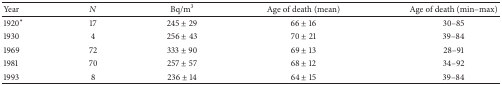
<table><thead><tr><td><b>Year</b></td><td><b><i>N</i></b></td><td><b>Bq/m<sup>3</sup></b></td><td><b>Age of death (mean)</b></td><td><b>Age of death (min–max)</b></td></tr></thead><tbody><tr><td>1920*</td><td>17</td><td>245 ± 29</td><td>66 ± 16</td><td>30–85</td></tr><tr><td>1930</td><td>4</td><td>256 ± 43</td><td>70 ± 21</td><td>39–84</td></tr><tr><td>1969</td><td>72</td><td>333 ± 90</td><td>69 ± 13</td><td>28–91</td></tr><tr><td>1981</td><td>70</td><td>257 ± 57</td><td>68 ± 12</td><td>34–92</td></tr><tr><td>1993</td><td>8</td><td>236 ± 14</td><td>64 ± 15</td><td>39–84</td></tr></tbody></table>